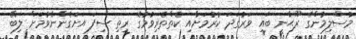
މުސްލިމުންގެ ރޫޙާނީ ބައި ވަރުގަދަ ކުރުމަށާއި ކެތްތެރިވުމުގެ ރީތި ސިފަ އަށަގެންނެވުމަށް ލިބޭ